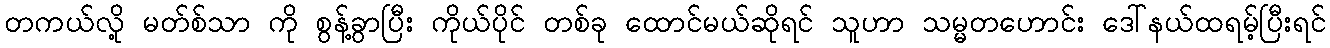
တကယ်လို့ မတ်စ်သာ ကို စွန့်ခွာပြီး ကိုယ်ပိုင် တစ်ခု ထောင်မယ်ဆိုရင် သူဟာ သမ္မတဟောင်း ဒေါ်နယ်ထရမ့်ပြီးရင်